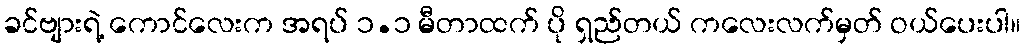
ခင်ဗျားရဲ့ ကောင်လေးက အရပ် ၁.၁ မီတာထက် ပို ရှည်တယ် ကလေးလက်မှတ် ဝယ်ပေးပါ။